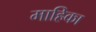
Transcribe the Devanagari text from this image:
माहिका